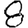
Digit: 8